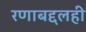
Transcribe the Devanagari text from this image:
रणाबद्दलही